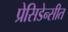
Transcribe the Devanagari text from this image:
प्रेसिडेन्सीत